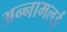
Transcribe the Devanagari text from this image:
अन्‍नामलई